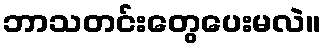
ဘာသတင်းတွေပေးမလဲ။